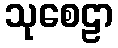
သုစေဠာ